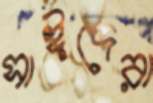
সাঈদেরা